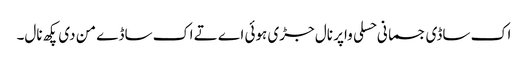
اک ساڈی جسمانی حسلی واپر نال جڑی ہوئی اے تے اک ساڈے من دی پکھ نال۔